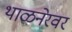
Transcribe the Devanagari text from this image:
थाळनेरवर